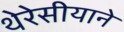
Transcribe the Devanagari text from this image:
थेरेसीयाने